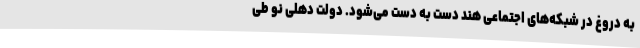
به دروغ در شبکه‌های اجتماعی هند دست به دست می‌شود. دولت دهلی نو طی